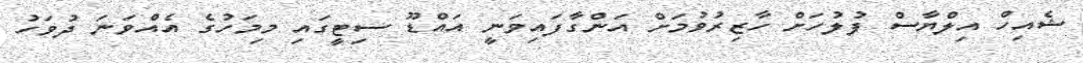
ޝެއިހް އިލްޔާސް ފުލުހަށް ހާޒިރުވުމަށް އަންގާފައިވަނީ އައްޑޫ ސިޓީގައި މިމަހުގެ އެއްވަނަ ދުވަހު